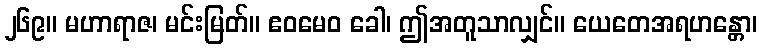
၂၆၉။ မဟာရာဇ၊ မင်းမြတ်။ ဧဝမေဝ ခေါ၊ ဤအတူသာလျှင်။ ယေတေအရဟန္တော၊